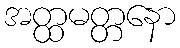
အတ္ထမတ္တနော